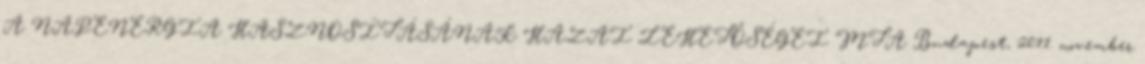
A NAPENERGIA HASZNOSÍTÁSÁNAK HAZAI LEHETŐSÉGEI MTA Budapest, 2011. november